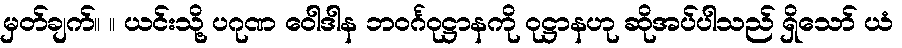
မှတ်ချက်။ ။ ယင်းသို့ ပဂုဏ ဝေါဒါန ဘဝင်္ဂဝုဋ္ဌာနကို ဝုဋ္ဌာနဟု ဆိုအပ်ပါသည် ရှိသော် ယံ